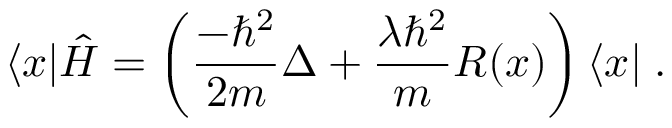
\langle x | \hat { H } = \left( \frac { - \hbar ^ { 2 } } { 2 m } \Delta + \frac { \lambda \hbar ^ { 2 } } { m } R ( x ) \right) \langle x | \; .